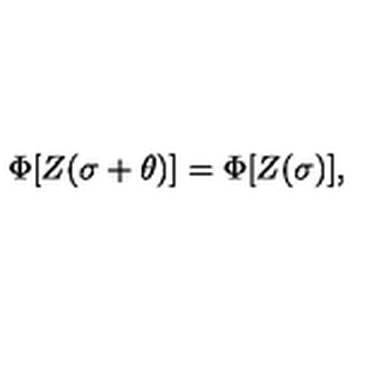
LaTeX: \Phi [ Z ( \sigma + \theta ) ] = \Phi [ Z ( \sigma ) ] ,